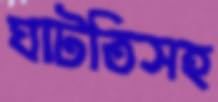
ঘাটতিসহ